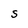
Character: S